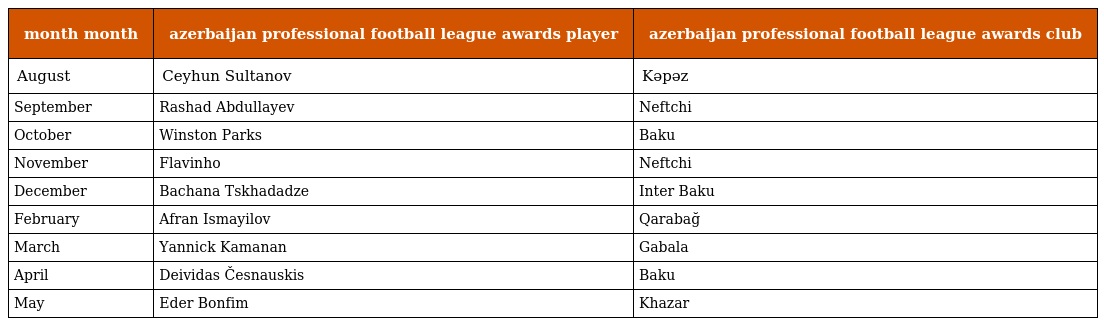
| month month | azerbaijan professional football league awards player | azerbaijan professional football league awards club |
 | --- | --- | --- |
 | August | Ceyhun Sultanov | Kəpəz |
 | September | Rashad Abdullayev | Neftchi |
 | October | Winston Parks | Baku |
 | November | Flavinho | Neftchi |
 | December | Bachana Tskhadadze | Inter Baku |
 | February | Afran Ismayilov | Qarabağ |
 | March | Yannick Kamanan | Gabala |
 | April | Deividas Česnauskis | Baku |
 | May | Eder Bonfim | Khazar |